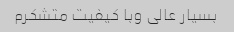
بسیار عالی وبا کیفیت متشکرم